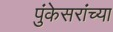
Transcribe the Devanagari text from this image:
पुंकेसरांच्या